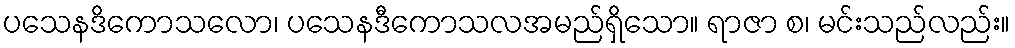
ပသေနဒိကောသလော၊ ပသေနဒီကောသလအမည်ရှိသော။ ရာဇာ စ၊ မင်းသည်လည်း။